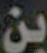
بن